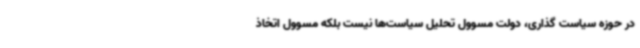
در حوزه سیاست گذاری، دولت مسوول تحلیل سیاست‌ها نیست بلکه مسوول اتخاذ